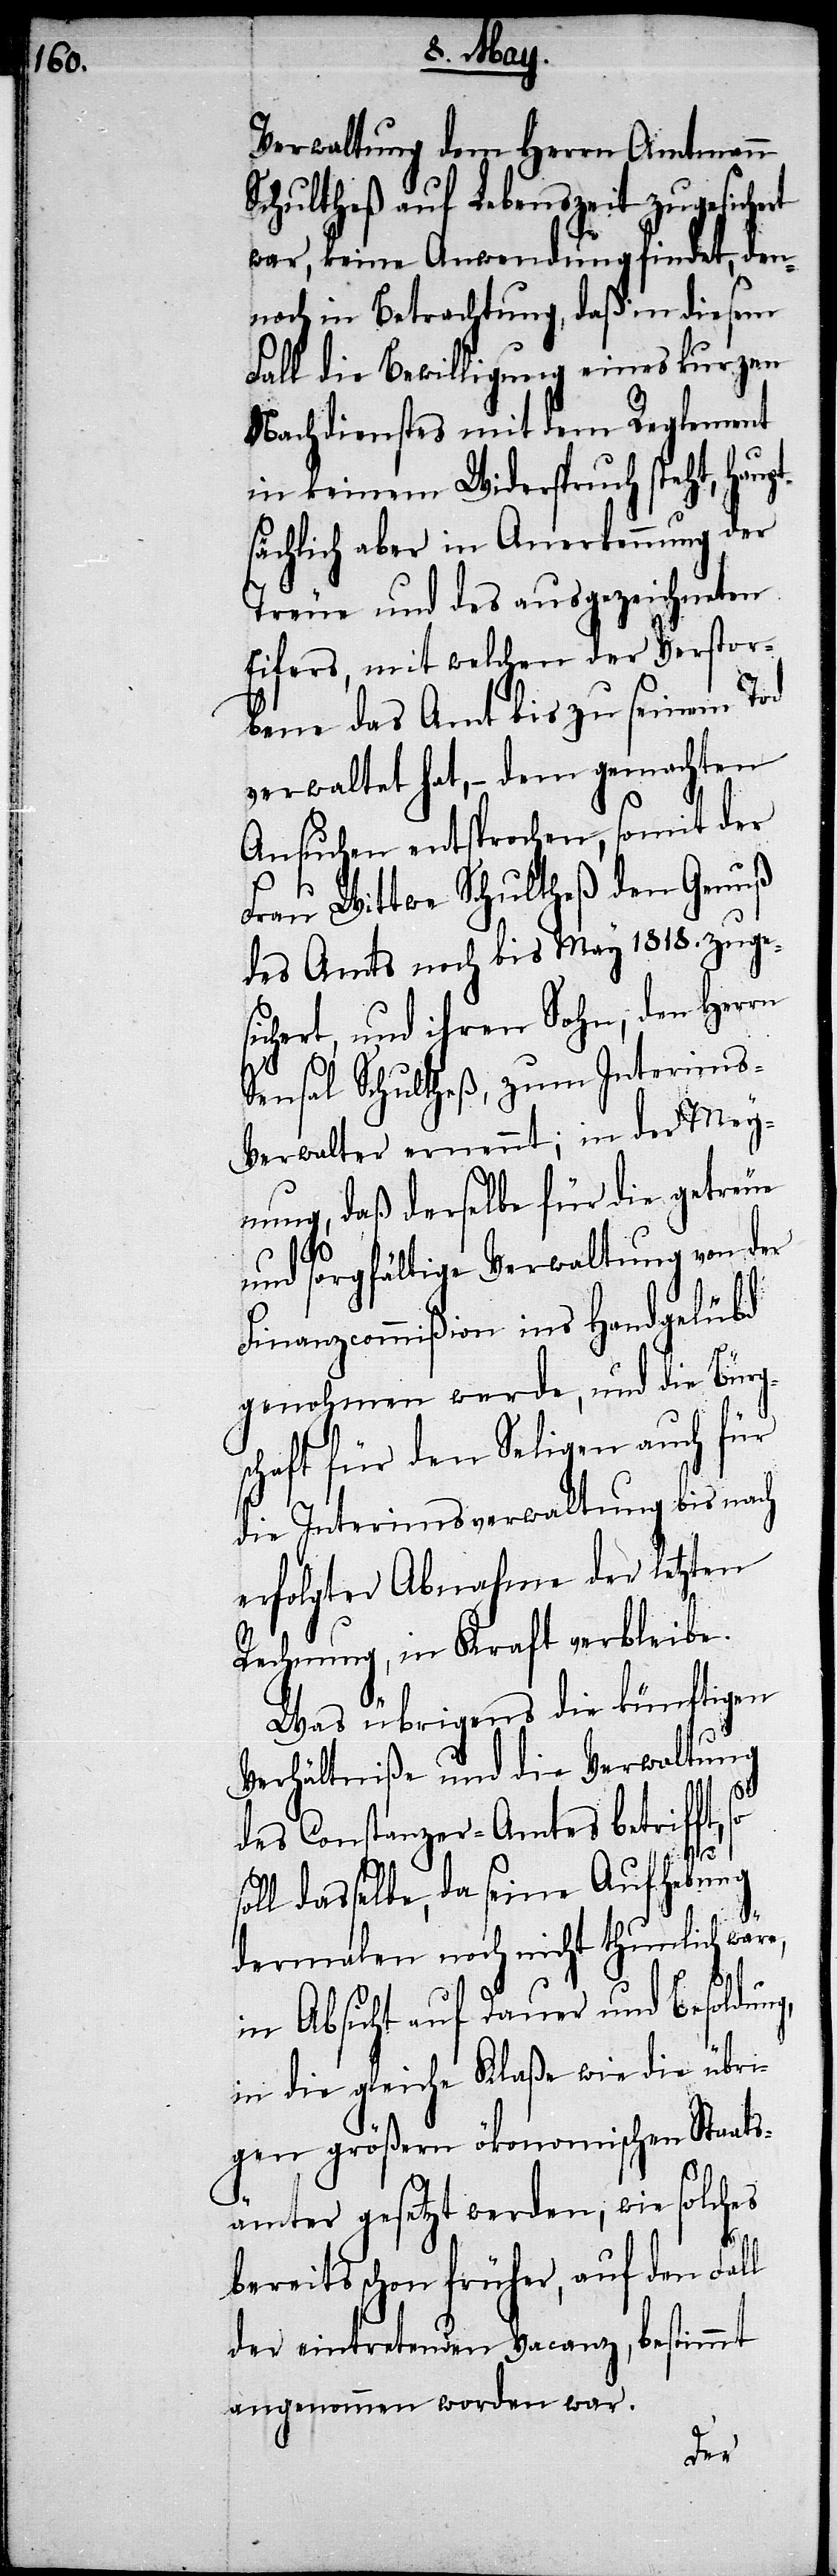
Verwaltung dem Herrn Amtmann
Schultheß auf Lebenszeit zugesichert
war, keine Anwendung findet, den¬
noch in Betrachtung, daß in diesem
Fall die Bewilligung eines kurzen
Nachdienstes mit dem Reglement
in keinem Widerspruch steht, hau¬
sächlich aber in Anerkennung der
Treue und des ausgezeichneten
Eifers, mit welchem der Verstor¬
bene das Amt bis zu seinem Tod
verwaltet hat, – dem gemachten
Ansuchen entsprochen, somit der
Frau Wittwe Schultheß den Genuß
des Amts noch bis May 1818. zuge¬
sichert, und ihren Sohn, den Herrn
Sensal Schultheß, zum Interims-V¬
erwalter ernennt; in der Mey¬
nung, daß derselbe für die getreue
pt¬
und sorgfältige Verwaltung von der
Finanzcommißion ins Handgelübd
genohmen werde, und die Bürg¬
schaft für den Seligen auch für
die Interimsverwaltung bis nach
erfolgter Abnahme der letzten
Rechnung, in Kraft verbleibe.
Was übrigens die künftigen
Verhältniße und die Verwaltung
des Constanzer-Amtes betrifft,
so
soll dasselbe, da seine Aufhebung
dermalen noch nicht thunlich wäre,
in Absicht auf Dauer und Besoldung,
in die gleiche Klaße wie die übri¬
gen größern ökonomischen Staats¬
ämter gesetzt werden, wie solches
bereits schon früher, auf den Fall
der eintretenden Vacanz, bestimmt
angenommen worden war.